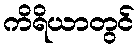
ကိရိယာတွင်